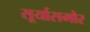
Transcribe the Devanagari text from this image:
सूर्यासमोर